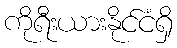
ကိုရီးယားနိုင်ငံရှိ